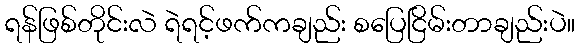
ရန်ဖြစ်တိုင်းလဲ ရဲရင့်ဖက်ကချည်း စပြေငြိမ်းတာချည်းပဲ။